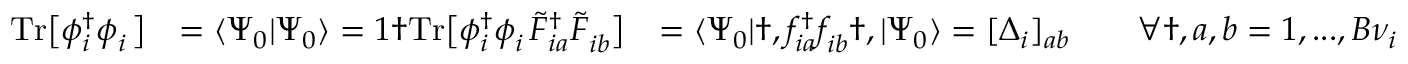
\begin{array} { r l r } { \mathrm { T r } \big [ \phi _ { i } ^ { \dagger } \phi _ { i } ^ { \phantom { \dagger } } \big ] } & { = \langle \Psi _ { 0 } | \Psi _ { 0 } \rangle = 1 \dag \mathrm { T r } \big [ \phi _ { i } ^ { \dagger } \phi _ { i } ^ { \phantom { \dagger } } \tilde { F } _ { i a } ^ { \dagger } \tilde { F } _ { i b } ^ { \phantom { \dagger } } \big ] } & { = \langle \Psi _ { 0 } | \dag , f _ { i a } ^ { \dagger } f _ { i b } ^ { \phantom { \dagger } } \dag , | \Psi _ { 0 } \rangle = [ \Delta _ { i } ] _ { a b } \qquad \forall \dag , a , b = 1 , . . . , B { \nu } _ { i } } \end{array}